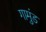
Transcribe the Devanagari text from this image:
गामुंड